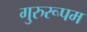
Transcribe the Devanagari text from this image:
गुरुरूपम